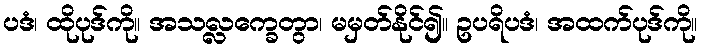
ပဒံ၊ ထိုပုဒ်ကို။ အသလ္လက္ခေတွာ၊ မမှတ်နိုင်၍။ ဥပရိပဒံ၊ အထက်ပုဒ်ကို။